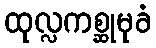
ထုလ္လကစ္ဆုမုခံ